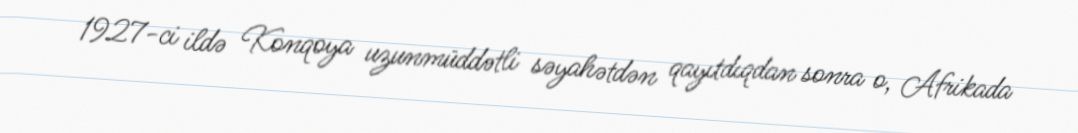
1927-ci ildə Konqoya uzunmüddətli səyahətdən qayıtdıqdan sonra o, Afrikada